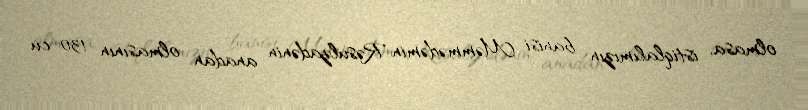
olmasa, istiqlalımızın banisi Məmmədəmin Rəsulzadənin anadan olmasının 130-cu